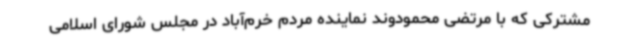
مشترکی که با مرتضی محمودوند نماینده مردم خرم‌آباد در مجلس شورای اسلامی